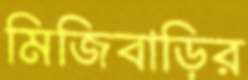
মিজিবাড়ির